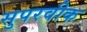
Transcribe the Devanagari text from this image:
सुपरवीक